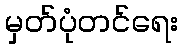
မှတ်ပုံတင်ရေး